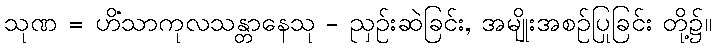
သုဏ = ဟိံသာကုလသန္တာနေသု - ညှဉ်းဆဲခြင်း, အမျိုးအစဉ်ပြုခြင်း တို့၌။